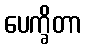
ပေက္ခိတာ